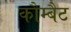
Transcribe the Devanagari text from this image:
कौम्बैट